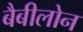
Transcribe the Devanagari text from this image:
बैबीलोन